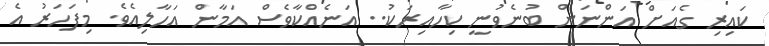
ކައިރި ގެއަށް އަންނަން ބުނެވުނީ ކިހާއިރަކު.. އަނެއްކާވެސް އަމާން އަހާލިއެވެ. މިފަހަރު އެ